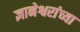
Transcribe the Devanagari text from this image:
ज्ञानेश्वरांंच्या